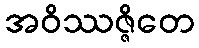
အဝိဿဇ္ဇိတေ